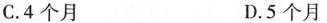
C.4个月 D.5个月